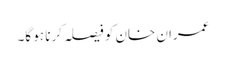
عمران خان کو فیصلہ کرنا ہو گا۔